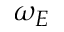
\omega _ { E }